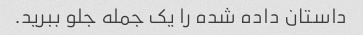
داستان داده شده را یک جمله جلو ببرید.